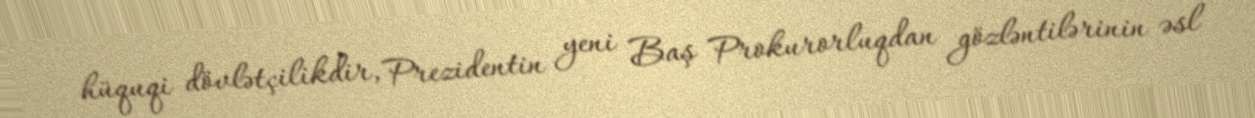
hüquqi dövlətçilikdir, Prezidentin yeni Baş Prokurorluqdan gözləntilərinin əsl